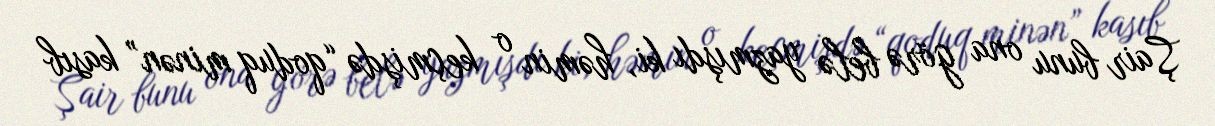
Şair bunu ona görə belə yazmışdı ki, həmin o keçmişdə “qoduq minən” kasıb